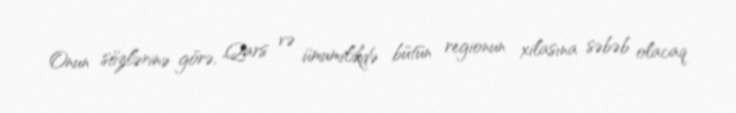
Onun sözlərinə görə, Qars və ümumilikdə bütün regionun xilasına səbəb olacaq